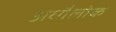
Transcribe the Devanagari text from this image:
अधौलोक